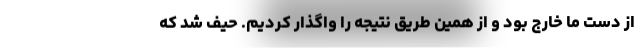
از دست ما خارج بود و از همین طریق نتیجه را واگذار کردیم. حیف شد که